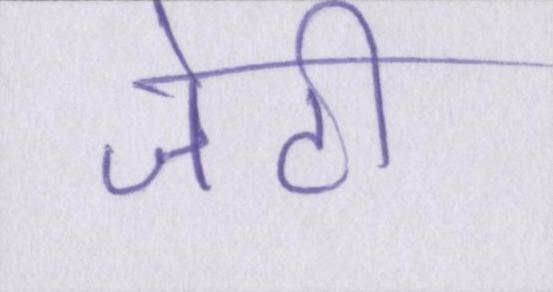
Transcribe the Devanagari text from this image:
जेटी